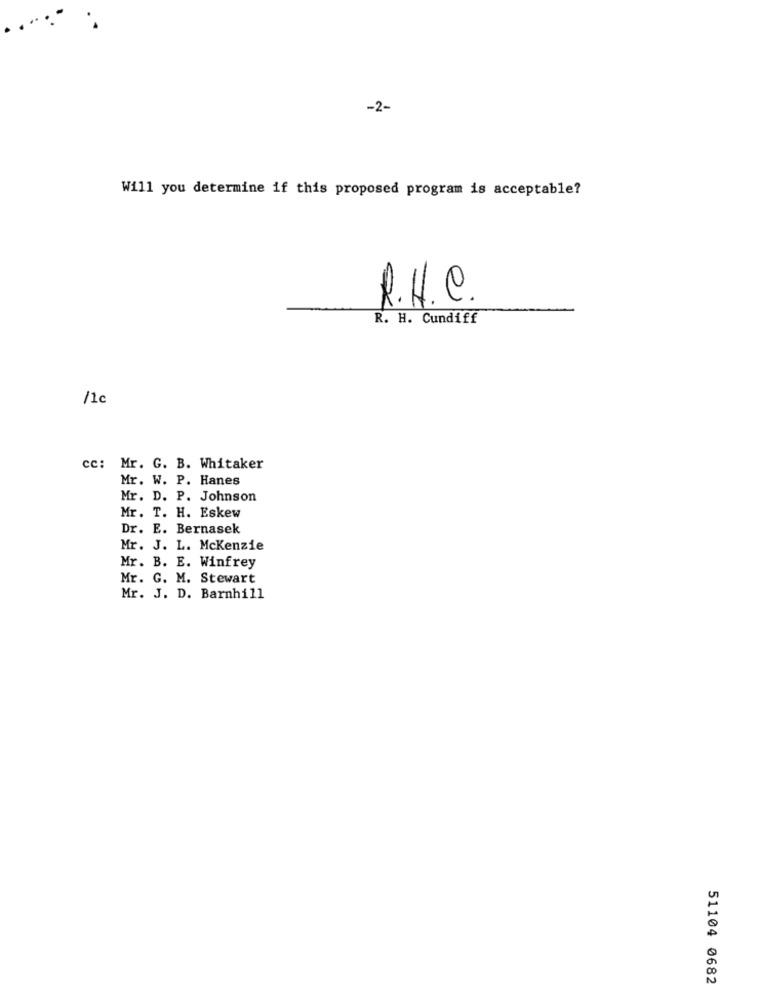
-2-
Will you determine if this proposed program is acceptable?
R.H.C.
R. H. Cundiff
/1c
cc: Mr. G. B. Whitaker
Mr. W. P. Hanes
Mr. D. P. Johnson
Mr. T. H. Eskew
Dr. E. Bernasek
Mr. J. L. Mckenzie
Mr. B. E. Winfrey
Mr. G. M. Stewart
Mr. J. D. Barnhill
51104 0682